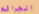
الجرائم